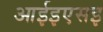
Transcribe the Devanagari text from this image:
आईइएसइ